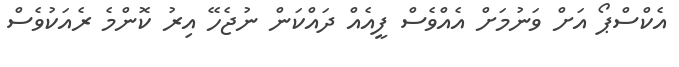
އެކްސްޕޯ އަށް ވަނުމަށް އެއްވެސް ފީއެއް ދައްކަން ނުޖެހޭ އިރު ކޮންމެ ރެއަކުވެސް